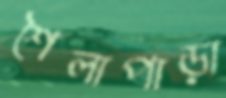
শৈলাপাড়া